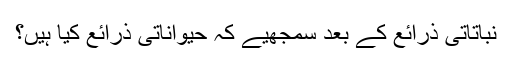
نباتاتی ذرائع کے بعد سمجھیے کہ حیواناتی ذرائع کیا ہیں؟